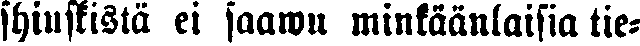
shiuskistä ei saawu minkäänlaisia tie-